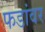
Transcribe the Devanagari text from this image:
फडांवर